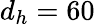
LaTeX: d_{h}=60